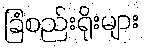
ခြံစည်းရိုးများ